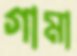
গামা